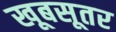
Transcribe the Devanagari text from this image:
खूबसूतर